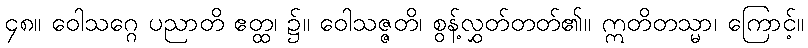
၄၈။ ဝေါသဂ္ဂေ ပညာတိ ဧတ္ထ၊ ၌။ ဝေါသဇ္ဇတိ၊ စွန့်လွှတ်တတ်၏။ ဣတိတသ္မာ၊ ကြောင့်။